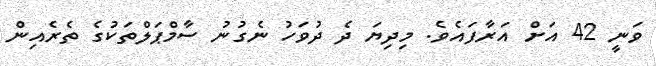
ވަނީ 42 އަށް އަރާފައެވެ. މިދިޔަ ދެ ދުވަހު ނެގުނު ސާމްޕަލްތަކުގެ ތެރެއިން